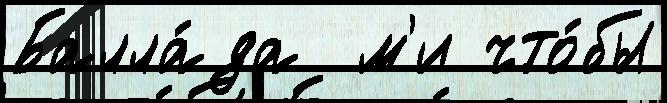
Балла́да  м'и что́бы